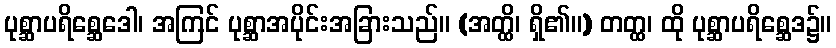
ပုစ္ဆာပရိစ္ဆေဒေါ၊ အကြင် ပုစ္ဆာအပိုင်းအခြားသည်။ (အတ္ထိ၊ ရှိ၏။) တတ္ထ၊ ထို ပုစ္ဆာပရိစ္ဆေဒ၌။